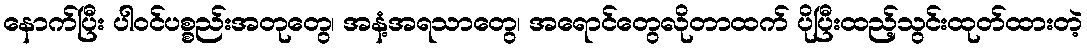
နောက်ပြီး ပါဝင်ပစ္စည်းအတုတွေ၊ အနံ့အရသာတွေ၊ အရောင်တွေလိုတာထက် ပိုပြီးထည့်သွင်းထုတ်ထားတဲ့